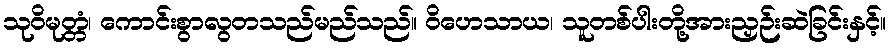
သုဝိမုတ္တံ၊ ကောင်းစွာလွတသည်မည်သည်။ ဝိဟေသာယ၊ သူတစ်ပါးတို့အားညှဉ်းဆဲခြင်းနှင့်။